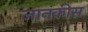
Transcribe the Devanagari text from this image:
जानकीस